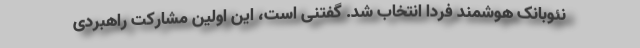
نئوبانک هوشمند فردا انتخاب شد. گفتنی است، این اولین مشارکت راهبردی